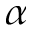
\alpha